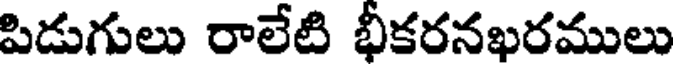
పిడుగులు రాలేటి భీకరనఖరములు